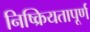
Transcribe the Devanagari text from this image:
निष्क्रियतापूर्ण